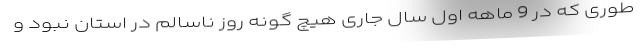
طوری که در 9 ماهه اول سال جاری هیچ گونه روز ناسالم در استان نبود و